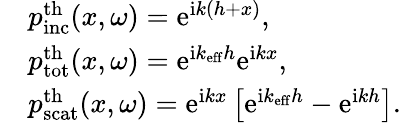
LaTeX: \begin{array}{rl}&{p_{\mathrm{inc}}^{\mathrm{th}}(x,\omega)=\mathrm{e}^{\mathrm{i}k(h+x)},}\\ &{p_{\mathrm{tot}}^{\mathrm{th}}(x,\omega)=\mathrm{e}^{\mathrm{i}k_{\mathrm{eff}}h}\mathrm{e}^{\mathrm{i}kx},}\\ &{p_{\mathrm{scat}}^{\mathrm{th}}(x,\omega)=\mathrm{e}^{\mathrm{i}kx}\left[\mathrm{e}^{\mathrm{i}k_{\mathrm{eff}}h}-\mathrm{e}^{\mathrm{i}kh}\right].}\end{array}